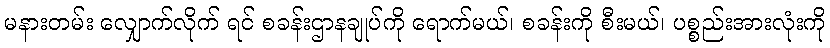
မနားတမ်း လျှောက်လိုက် ရင် စခန်းဌာနချုပ်ကို ရောက်မယ်၊ စခန်းကို စီးမယ်၊ ပစ္စည်းအားလုံးကို